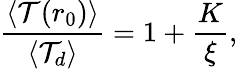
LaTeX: \frac{\langle\mathcal{T}(r_{0})\rangle}{\langle\mathcal{T}_{d}\rangle}=1+\frac{K}{\xi},